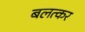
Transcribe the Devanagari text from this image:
बलत्कर